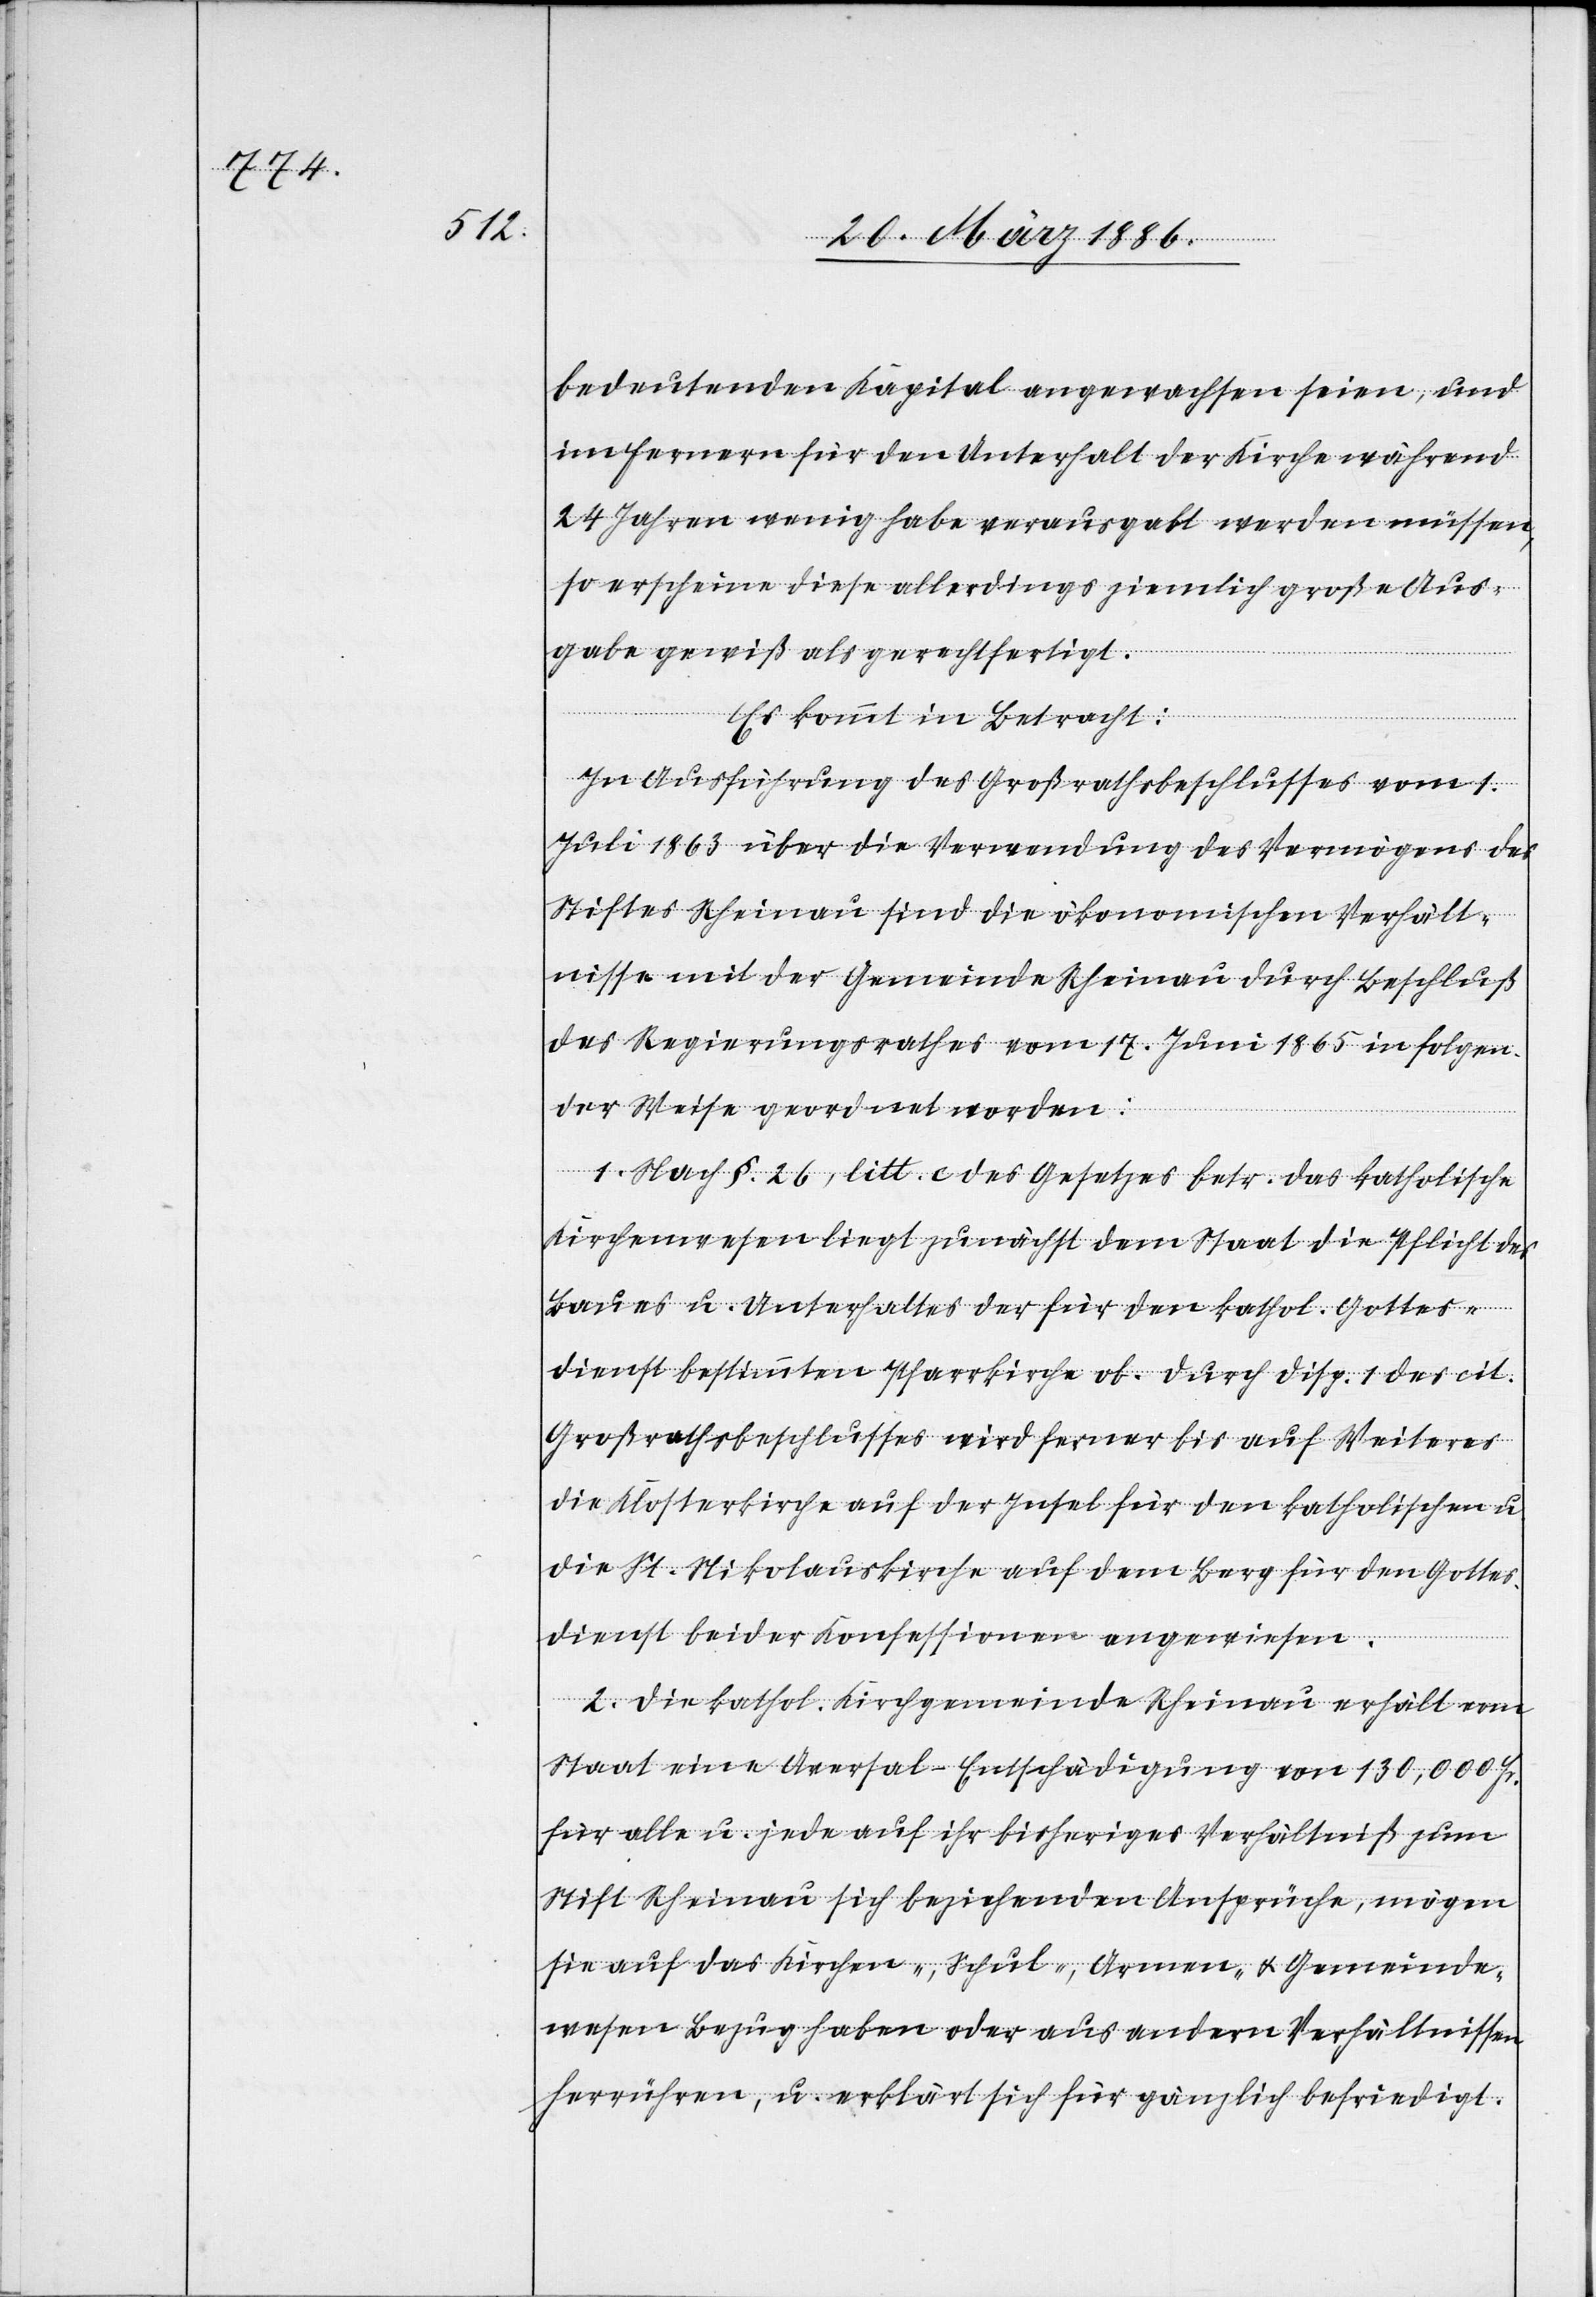
bedeutenden Kapital angewachsen seien, und
im Fernern für den Unterhalt der Kirche während
24 Jahren wenig habe verausgabt werden müssen,
so erscheine diese allerdings ziemlich große Aus¬
gabe gewiß als gerechtfertigt.
Es kommt in Betracht:
In Ausführung des Großrathsbeschlusses vom 1.
Juli 1863 über die Verwendung des Vermögens des
Stiftes Rheinau sind die ökonomischen Verhält¬
nisse mit der Gemeinde Rheinau durch Beschluß
des Regierungsrathes vom 17. Juni 1865 in folgen¬
der Weise geordnet worden:
1. Nach §. 26, litt. c des Gesetzes betr. das katholische
Kirchenwesen liegt zunächst dem Staat die Pflicht des
Baues u. Unterhaltes der für den kathol. Gottes¬
dienst bestimmten Pfarrkirche ob. Durch Disp. 1 des cit.
Großrathsbeschlusses wird ferner bis auf Weiteres
die Klosterkirche auf der Insel für den katholischen u.
die St. Nikolauskirche auf dem Berg für den Gottes¬
dienst beider Konfessionen angewiesen.
2. Die kathol. Kirchengemeinde Rheinau erhält vom
Staat eine Aversal-Entschädigung von 130,000 Fr.
für alle u. jede auf ihr bisheriges Verhältniß zum
sie auf das Kirchen-, Schul-, Armen- & Gemeinde¬
wesen Bezug haben oder aus andern Verhältnissen
herrühren, u. erklärt sich für gänzlich befriedigt.